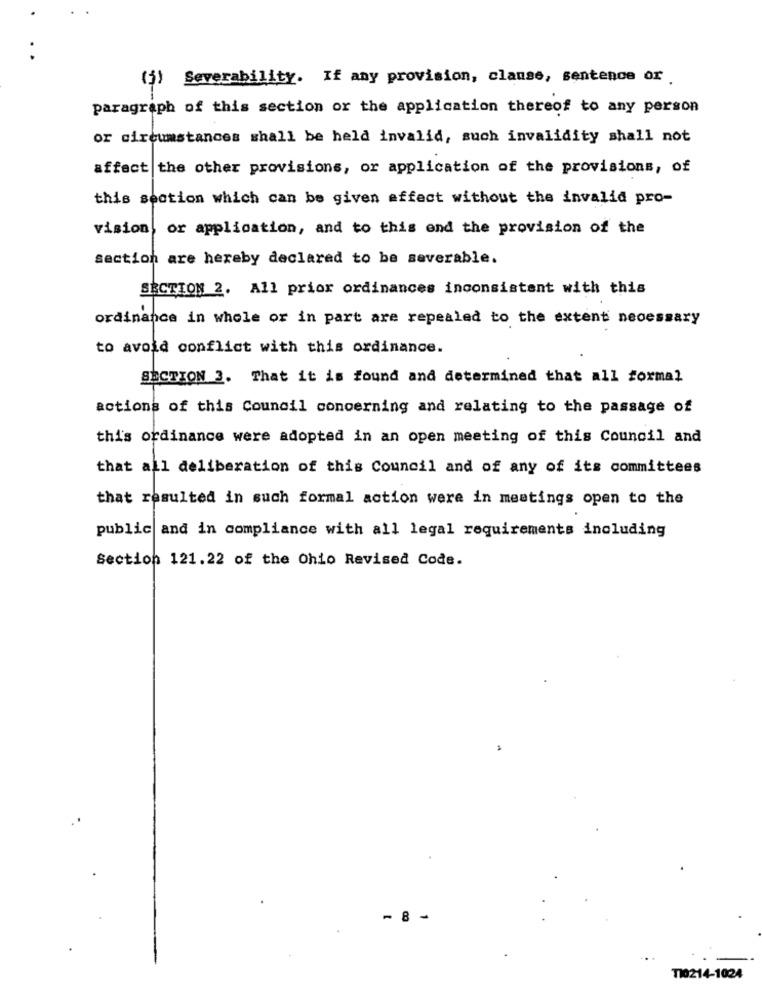
(3) Severability. If any provision, clanse, sentence or
paragraph of this section or the application thereof to any person
or circumstances shall be held invalid, such invalidity shall not
affect the other provisions, or application of the provisions, of
this section which can be given affect without the invalid pro-
vision, or application, and to this end the provision of the
section are hereby declared to be severable.
SECTION 2. All prior ordinances inconsistent with this
ordinance in whole or in part are repealed to the extent necessary
to avoid conflict with this ordinance.
SECTION 3. That it is found and determined that all formal
actions of this Council concerning and relating to the passage of
this ordinance were adopted in an open meeting of this Council and
that all deliberation of this Council and of any of its committees
that resulted in such formal action were in meetings open to the
public and in compliance with all legal requirements including
Section 121.22 of the Ohio Revised Code.
-8 -
TI0214-1024